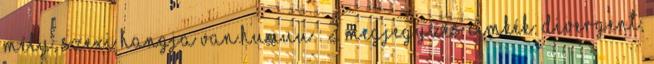
mély, szexi hangja van.huuuu : 2 megjegyzés Címkék: Divergent,